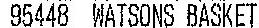
95448 WATSONS BASKET